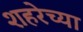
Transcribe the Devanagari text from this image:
शहरेच्या